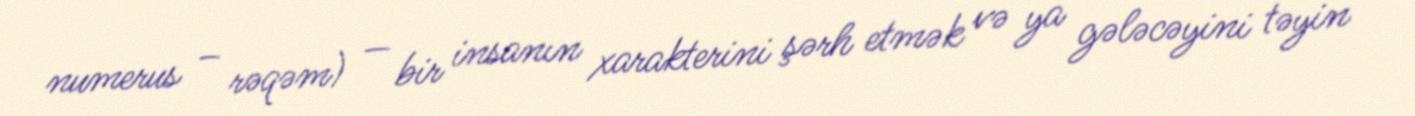
numerus – rəqəm) — bir insanın xarakterini şərh etmək və ya gələcəyini təyin